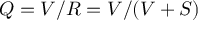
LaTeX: Q = V / R = V / ( V + S )